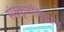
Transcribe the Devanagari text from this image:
संस्कृतविद्वान